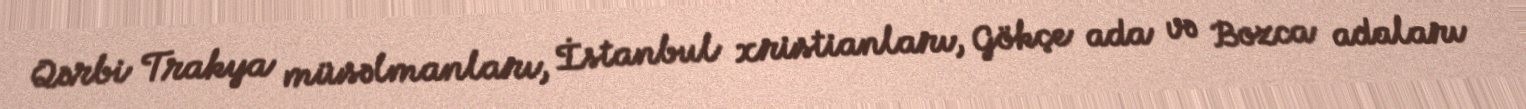
Qərbi Trakya müsəlmanları, İstanbul xristianları, Gökçe ada və Bozca adaları